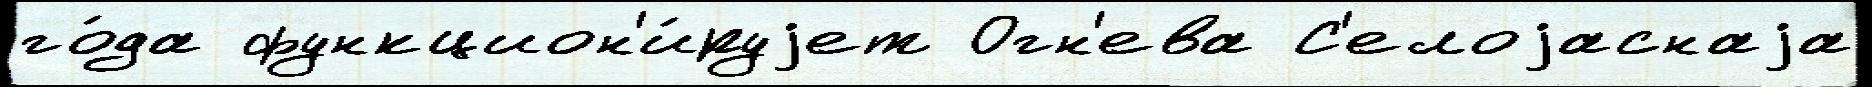
го́да функцион'и́руjет Огн'ева С'елоjаснаjа